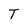
Character: T